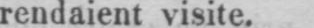
rendaient visite.